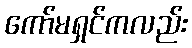
ကော်မရှင်ကလည်း